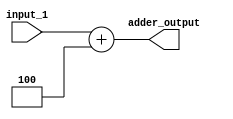
module four_adder (
 input [31:0] input_1,
 output reg [31:0] adder_output
);

always @(*) begin
    adder_output = input_1 + 4;
end
endmodule